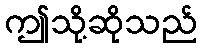
ဤသို့ဆိုသည်